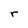
Character: r